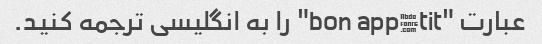
عبارت "bon appétit" را به انگلیسی ترجمه کنید.